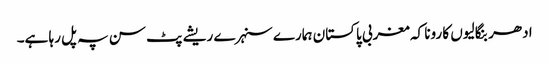
ادھر بنگالیوں کا رونا کہ مغربی پاکستان ہمارے سنہرے ریشے پٹ سن پہ پل رہا ہے۔